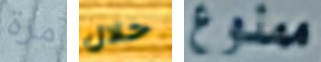
مرة خلال ممنوع